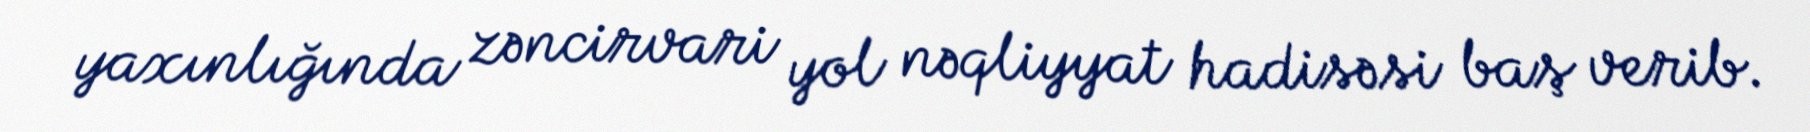
yaxınlığında zəncirvari yol nəqliyyat hadisəsi baş verib.